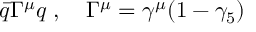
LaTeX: \bar { q } \Gamma ^ { \mu } q \; , \quad \Gamma ^ { \mu } = \gamma ^ { \mu } ( 1 - \gamma _ { 5 } )